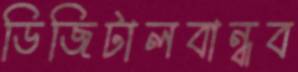
ডিজিটালবান্ধব